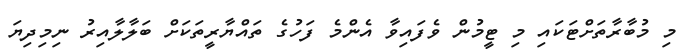
މި މުބާރާތަށްޓަކައި މި ޓީމުން ވެފައިވާ އެންމެ ފަހުގެ ތައްޔާރީތަކަށް ބަލާލާއިރު ނިމިދިޔަ